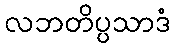
လဘတိပ္ပသာဒံ